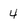
Character: 4